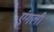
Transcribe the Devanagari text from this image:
एंगली